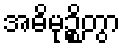
အဓိမုဉ္စိတွာ